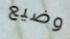
وضيع